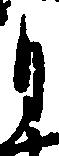
月